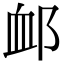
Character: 䘏